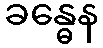
ခန္ဓေန